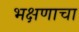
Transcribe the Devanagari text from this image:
भक्षणाचा